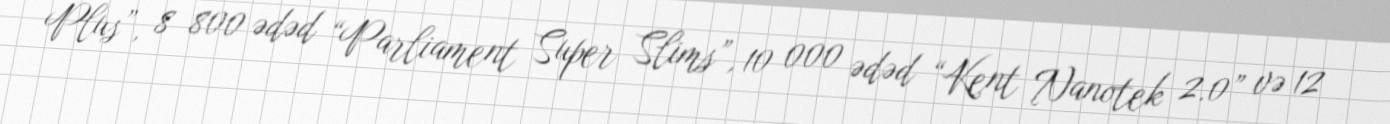
Plus”, 8 800 ədəd “Parliament Super Slims”, 10 000 ədəd “Kent Nanotek 2.0” və 12